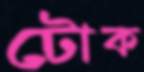
টোক